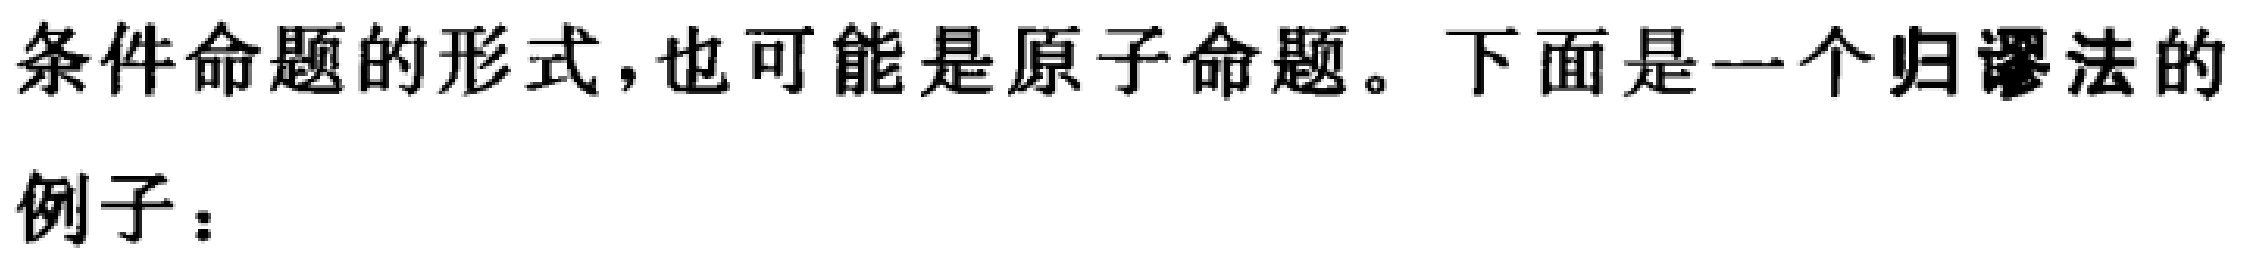
条件命题的形式,也可能是原子命题。下面是一个归谬法的
例子：